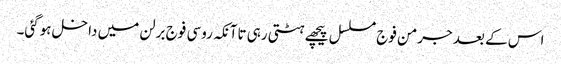
اس کے بعد جرمن فوج مسلسل پیچھے ہٹتی رہی تاآنکہ روسی فوج برلن میں داخل ہوگئی۔